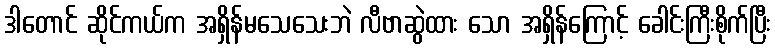
ဒါတောင် ဆိုင်ကယ်က အရှိန်မသေသေးဘဲ လီဗာဆွဲထား သော အရှိန်ကြောင့် ခေါင်းကြီးစိုက်ပြီး